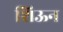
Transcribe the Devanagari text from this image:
शिऊन